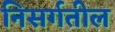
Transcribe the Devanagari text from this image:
निसर्गतील